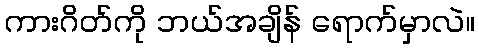
ကားဂိတ်ကို ဘယ်အချိန် ရောက်မှာလဲ။